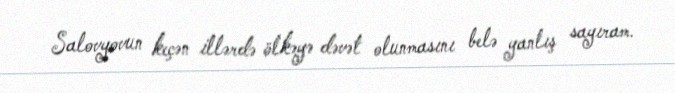
Salovyovun keçən illərdə ölkəyə dəvət olunmasını belə yanlış sayıram.